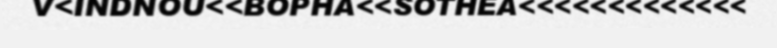
V<INDNOU<<BOPHA<<SOTHEA<<<<<<<<<<<<<